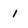
Character: 1